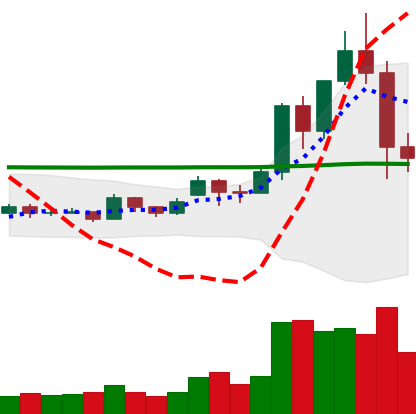
Ticker: EOS-USD
Chart end date: 2020-11-27
Forward return: 6.539%
Label: up_5_7